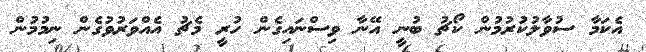
އެކަމާ ސުވާލުކުރުމުން ކޯޗު ބުނީ އޭނާ ވިސްނައިގެން ހުރީ މެޗު އެއްވަރުވުގެން ނިމުމުން